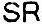
SR